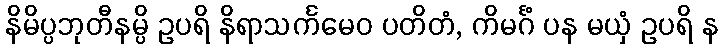
နိမိပ္ပဘုတီနမ္ပိ ဥပရိ နိရာသင်္ကမေဝ ပတိတံ, ကိမင်္ဂံ ပန မယှံ ဥပရိ န